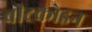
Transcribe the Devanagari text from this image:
बीटकोइन